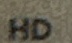
HD